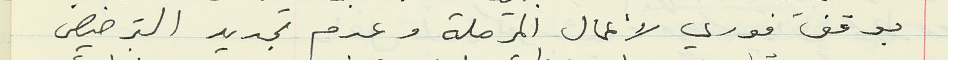
بوقف فوري لأعمال المرحلة وعدم تجديد الترخيص